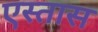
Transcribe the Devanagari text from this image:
एस्तास